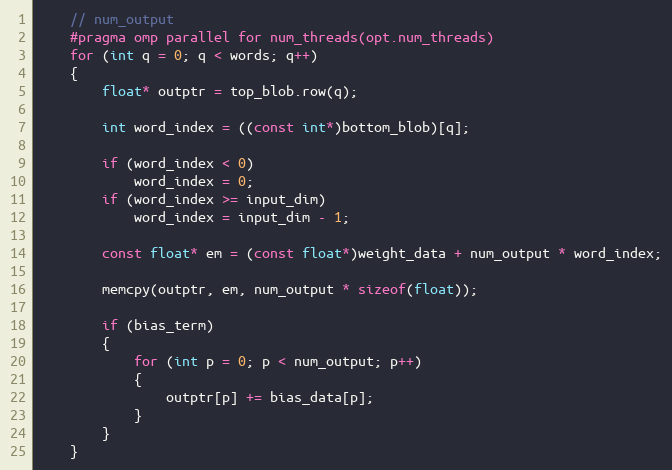
Language: C++
    // num_output
    #pragma omp parallel for num_threads(opt.num_threads)
    for (int q = 0; q < words; q++)
    {
        float* outptr = top_blob.row(q);

        int word_index = ((const int*)bottom_blob)[q];

        if (word_index < 0)
            word_index = 0;
        if (word_index >= input_dim)
            word_index = input_dim - 1;

        const float* em = (const float*)weight_data + num_output * word_index;

        memcpy(outptr, em, num_output * sizeof(float));

        if (bias_term)
        {
            for (int p = 0; p < num_output; p++)
            {
                outptr[p] += bias_data[p];
            }
        }
    }